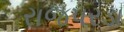
રાજપરડા